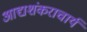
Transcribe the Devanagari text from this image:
आद्यशंकराचार्य